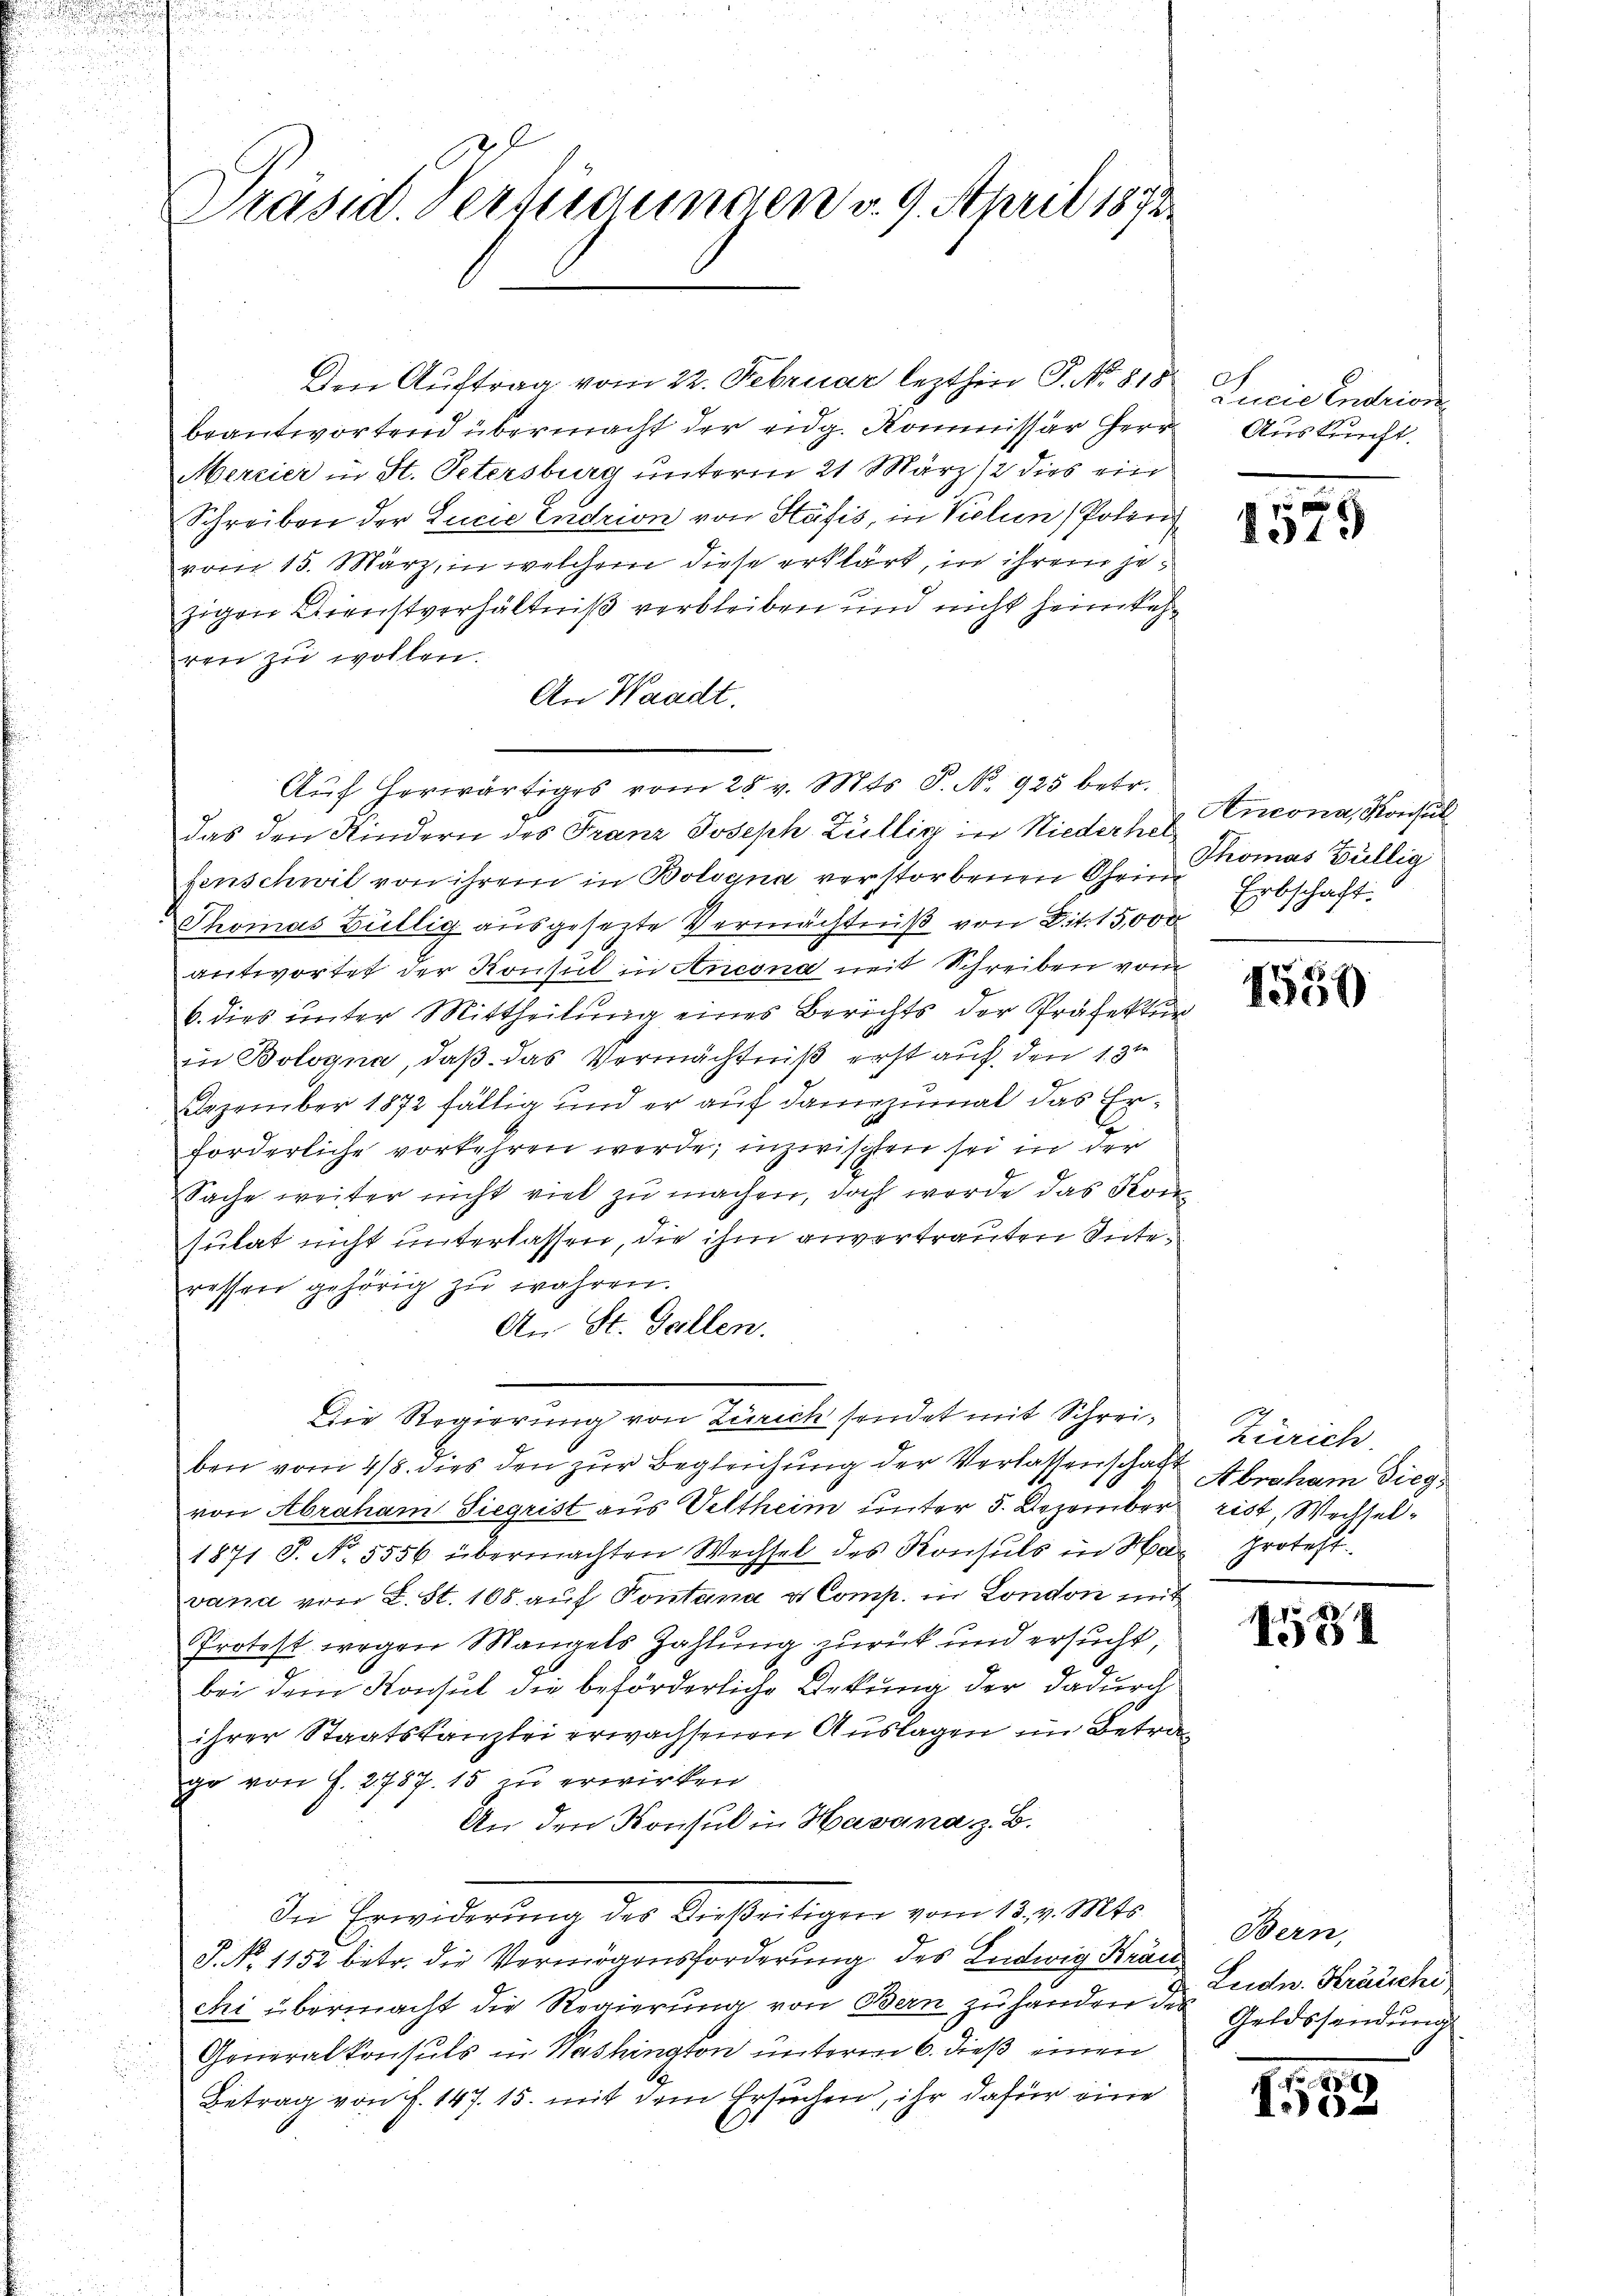
Präsid. Versiegungen d. 9. April 1873

Den Auftrag vom 22. Februar lezthin P. No. 815
beantwortend übermacht der eidg. Kommissär Herr
Mercier in St. Petersburg unterm 21 März 12 dies ein
Schreiben der Lucie Endrion von Stäfis, in Vielen Polen
vom 15. März, in welchem diese erklärt, in ihrem jezigen Dienstverhältniß verbleiben und nicht heimkeh
ren zu wollen.
An Waadt.
Auf herwärtiges vom 25. v. Mts. S. N. 925 betr.
das den Kindern des Franz Joseph Züllig in Niederhel
fenschwil von ihrem in Bologna verstorbenen Ohein
Thomas Billig ausgesezte Vermächtniß von Dit. 15,000
antwortet der Konsul in Ancona mit Schreiben vom
b. dies unter Mittheilung eines Berichts der Präfektur
in Bologna, daß das Vermächtniß erst auf den 13ten
Dezember 1872 fällig und er auf dannzumal das Erforderliche vorkehren werde; inzwischen sei in der
Sache weiter nicht viel zu machen, doch werde das Kon
sulat nicht unterlassen, die ihm anvertrauten Suteressen gehörig zu wahren.
An St. Gallen.
Die Regierung von Zürich sendet mit Schreiben vom 4/8. dies den zur Begleichung der Verlassenschaft Abraham Diegvon Abraham Siegrist aus Veltheim unter 5. Dezember ist, Wechsel¬
1871 P. Nr. 5556 übermachten Wechsel des Konsuls in Mar protest.
vana von L. St. 105 auf Pontana u. Comp. in London mit
Protest wegen Mangels Zahlung zurück und ersucht,
bei dem Konsul die beförderliche Urkung der dadurch
ihrer Staatskanzlei erwachsenen Auslagen im Betrage von S. 2787. 15 zu erwirken
An den Konsul in Havana z. B.
In Erwiderung des Dießeitigen vom 13. v. Mts.
P. No 1152 betr. die Vermögensforderung des Ludwig Krän
chi übermacht die Regierung von Bern zu handen der Geldssendung
Generalkonsuls in Washington unterm 6. dieß einen
Betrag von f. 147. 15. mit dem Ersuchen, ihr dafür eine

Lucie Endrion
Auskunft.

1315

Ancona, Konsul
Thomas Büllig
Erbschaft.

1550

Zürich.

1581

Bern,
Leidw. Kräuche

.
10